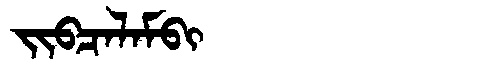
Manchu: ᠵᡳᠪᠴᠠᠯᠠᠮᠪᡳ
Romanization: JIBCALAMBI